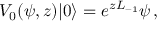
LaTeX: V _ { 0 } ( \psi , z ) | 0 \rangle = e ^ { z L _ { - 1 } } \psi \, ,